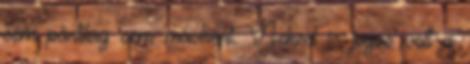
sem pártilag sem másként. Neked is jogos volt a